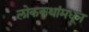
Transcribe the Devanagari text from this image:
लोककथांमधून